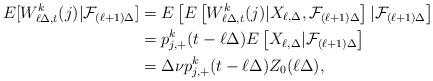
LaTeX: \begin{align*}E[W^k_{\ell\Delta,t}(j)|{\cal F}_{(\ell+1)\Delta}]&=E\left[E\left[W^k_{\ell\Delta,t}(j)|X_{\ell,\Delta},{\cal F}_{(\ell+1)\Delta}\right]|{\cal F}_{(\ell+1)\Delta}\right] \\&=p^k_{j,+}(t-\ell\Delta) E\left[X_{\ell,\Delta}|{\cal F}_{(\ell+1)\Delta}\right]\\& =\Delta \nu p^k_{j,+}(t-\ell\Delta) Z_0(\ell\Delta),\end{align*}